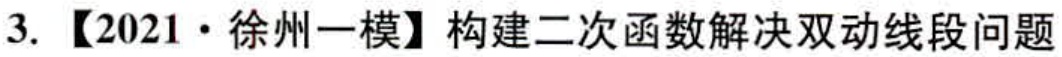
3.【2021·徐州一模】构建二次函数解决双动线段问题